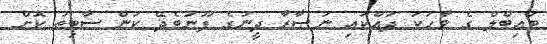
ބައިބްލް ގެ ވާހަކަ ދައްކައި ނަޞާރާ ދީނުގެ ފޫނުބެދޭ ކަން ސާބިތު ކޮށް